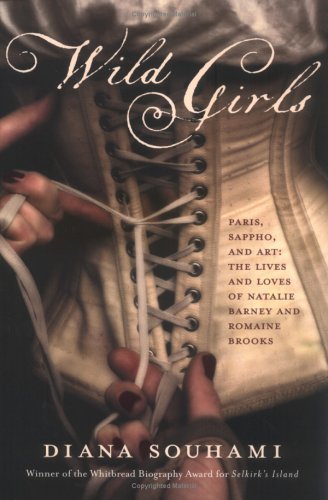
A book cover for Wild Girls: Paris, Sappho, and Art: The Lives and Loves of Natalie Barney and Romaine Brooks; Diana Souhami; Gay & Lesbian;